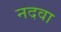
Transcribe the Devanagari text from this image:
नदवा